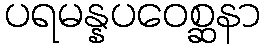
ပရမန္နပဝေစ္ဆနာ